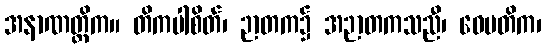
အနာဏတ္တိက။ တိကပါစိတ်၊ ဉာတက၌ အဉာတကသညီ၊ ဝေမတိက၊